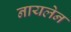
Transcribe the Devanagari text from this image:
नायलेन